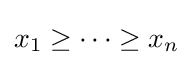
x_{1}\geq \dots \geq x_{n}